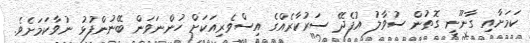
ކަމަށާއި ގާނޫނީ ގޮތުން ސުވާލު އުފެދޭ ސަރުކާރެއްގެ އިސްވެރިއަކަށް ހުންނަވަން ބޭނުންފުޅު ނުވާކަމަށެވެ.